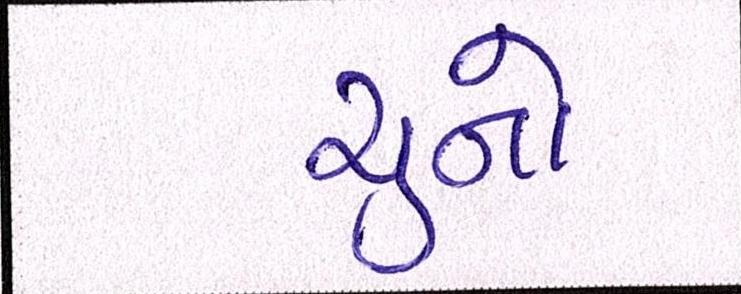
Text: ચુનો